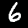
Label: 6